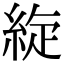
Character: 𦀢